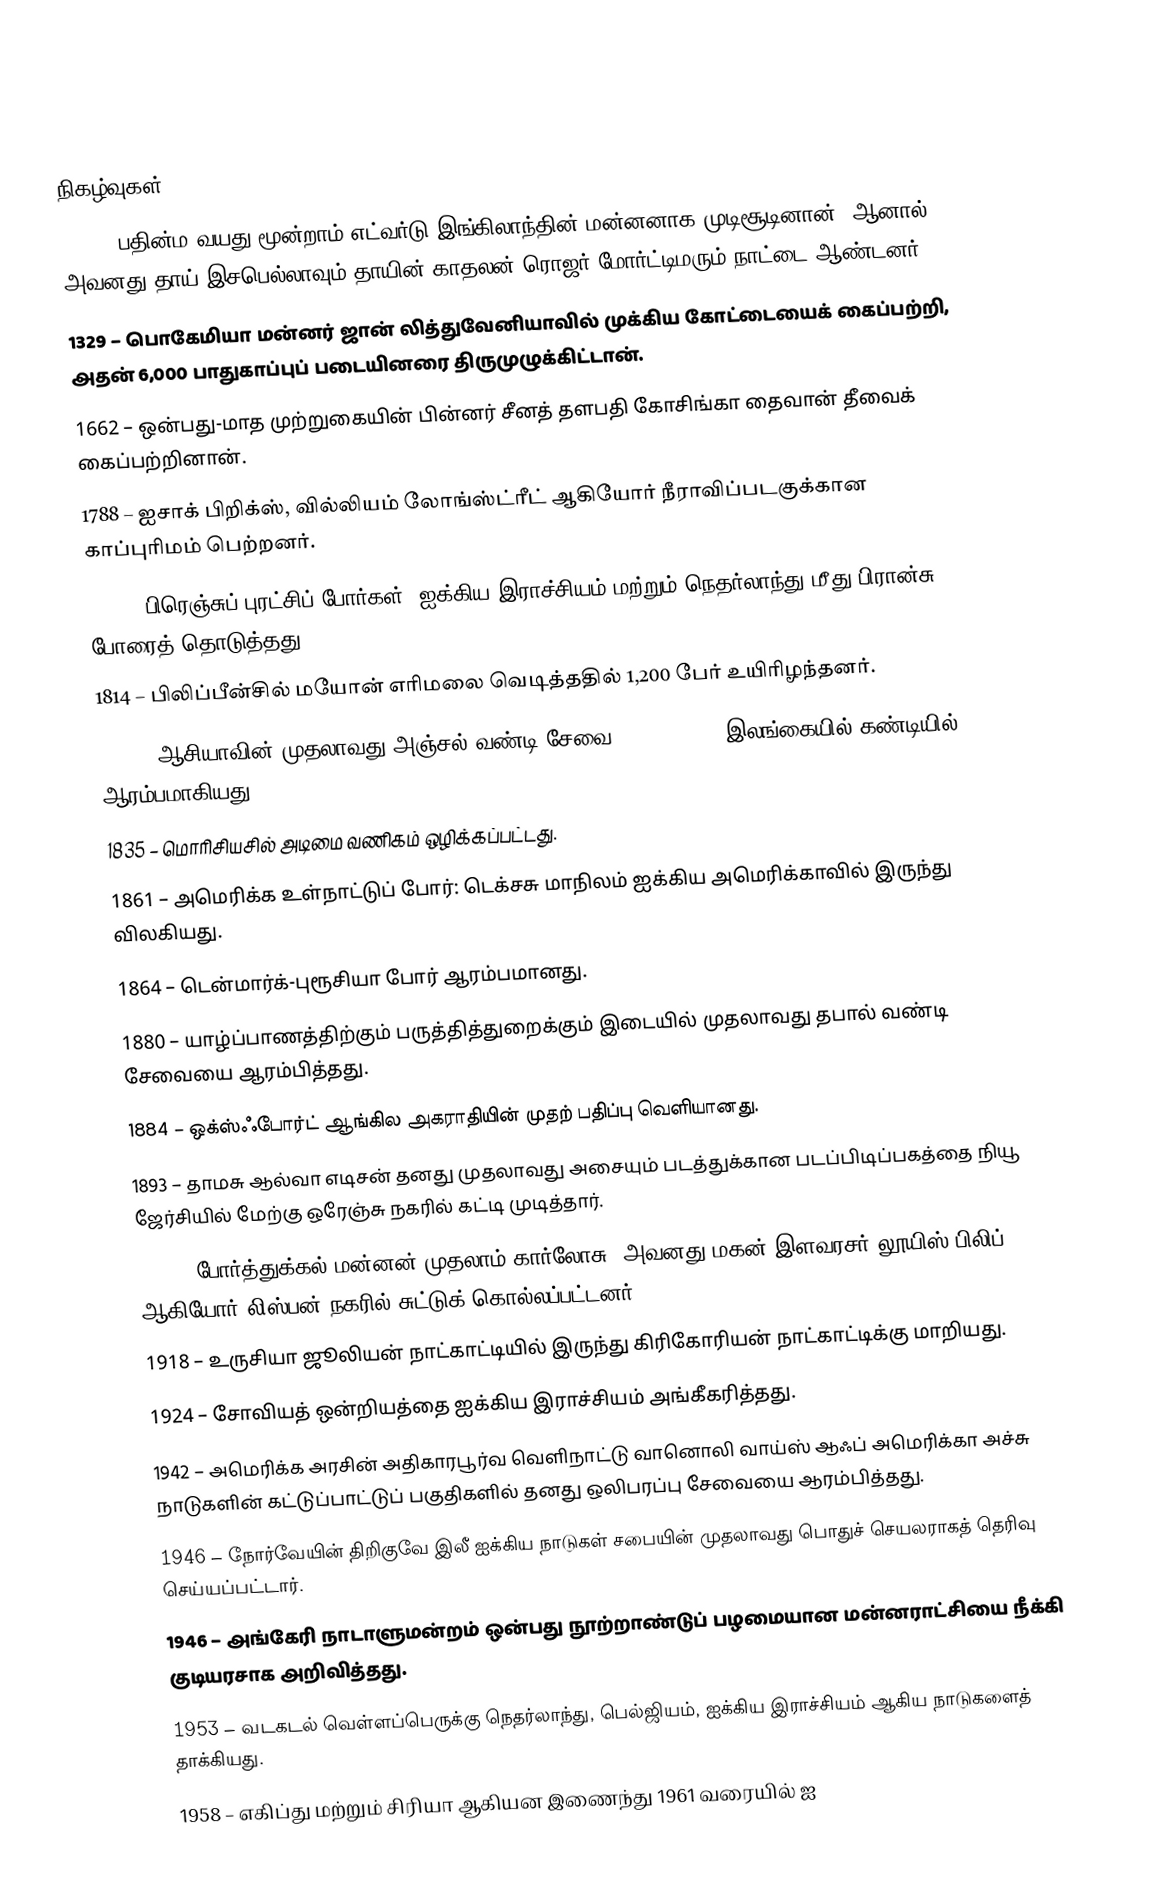

நிகழ்வுகள்
1327 – பதின்ம வயது மூன்றாம் எட்வர்டு இங்கிலாந்தின் மன்னனாக முடிசூடினான். ஆனால் அவனது தாய் இசபெல்லாவும் தாயின் காதலன் ரொஜர் மோர்ட்டிமரும் நாட்டை ஆண்டனர்.
1329 – பொகேமியா மன்னர் ஜான் லித்துவேனியாவில் முக்கிய கோட்டையைக் கைப்பற்றி, அதன் 6,000 பாதுகாப்புப் படையினரை திருமுழுக்கிட்டான்.
1662 – ஒன்பது-மாத முற்றுகையின் பின்னர் சீனத் தளபதி கோசிங்கா தைவான் தீவைக் கைப்பற்றினான்.
1788 – ஐசாக் பிறிக்ஸ், வில்லியம் லோங்ஸ்ட்ரீட் ஆகியோர் நீராவிப்படகுக்கான காப்புரிமம் பெற்றனர்.
1793 – பிரெஞ்சுப் புரட்சிப் போர்கள்: ஐக்கிய இராச்சியம் மற்றும் நெதர்லாந்து மீது பிரான்சு போரைத் தொடுத்தது.
1814 – பிலிப்பீன்சில் மயோன் எரிமலை வெடித்ததில் 1,200 பேர் உயிரிழந்தனர்.
1832 – ஆசியாவின் முதலாவது அஞ்சல் வண்டி சேவை (mail-coach) இலங்கையில் கண்டியில் ஆரம்பமாகியது.
1835 – மொரிசியசில் அடிமை வணிகம் ஒழிக்கப்பட்டது.
1861 – அமெரிக்க உள்நாட்டுப் போர்: டெக்சசு மாநிலம் ஐக்கிய அமெரிக்காவில் இருந்து விலகியது.
1864 – டென்மார்க்-புரூசியா போர் ஆரம்பமானது.
1880 – யாழ்ப்பாணத்திற்கும் பருத்தித்துறைக்கும் இடையில் முதலாவது தபால் வண்டி சேவையை ஆரம்பித்தது.
1884 – ஒக்ஸ்ஃபோர்ட் ஆங்கில அகராதியின் முதற் பதிப்பு வெளியானது.
1893 – தாமசு ஆல்வா எடிசன் தனது முதலாவது அசையும் படத்துக்கான படப்பிடிப்பகத்தை நியூ ஜேர்சியில் மேற்கு ஒரேஞ்சு நகரில் கட்டி முடித்தார்.
1908 – போர்த்துக்கல் மன்னன் முதலாம் கார்லோசு, அவனது மகன் இளவரசர் லூயிஸ் பிலிப் ஆகியோர் லிஸ்பன் நகரில் சுட்டுக் கொல்லப்பட்டனர்.
1918 – உருசியா ஜூலியன் நாட்காட்டியில் இருந்து கிரிகோரியன் நாட்காட்டிக்கு மாறியது.
1924 – சோவியத் ஒன்றியத்தை ஐக்கிய இராச்சியம் அங்கீகரித்தது.
1942 – அமெரிக்க அரசின் அதிகாரபூர்வ வெளிநாட்டு வானொலி வாய்ஸ் ஆஃப் அமெரிக்கா அச்சு நாடுகளின் கட்டுப்பாட்டுப் பகுதிகளில் தனது ஒலிபரப்பு சேவையை ஆரம்பித்தது.
1946 – நோர்வேயின் திறிகுவே இலீ ஐக்கிய நாடுகள் சபையின் முதலாவது பொதுச் செயலராகத் தெரிவு செய்யப்பட்டார்.
1946 – அங்கேரி நாடாளுமன்றம் ஒன்பது நூற்றாண்டுப் பழமையான மன்னராட்சியை நீக்கி குடியரசாக அறிவித்தது.
1953 – வடகடல் வெள்ளப்பெருக்கு நெதர்லாந்து, பெல்ஜியம், ஐக்கிய இராச்சியம் ஆகிய நாடுகளைத் தாக்கியது.
1958 – எகிப்து மற்றும் சிரியா ஆகியன இணைந்து 1961 வரையில் ஐ